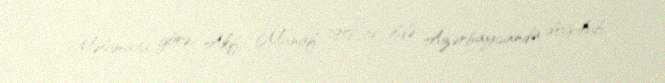
Məlumata görə, Akif Manaf 1958-ci ildə Azərbaycanda doğulub.